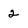
Character: 2